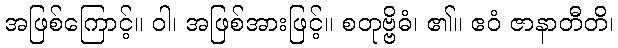
အဖြစ်ကြောင့်။ ဝါ၊ အဖြစ်အားဖြင့်။ စတုဗ္ဗိဓံ၊ ၏။ ဧဝံ ဇာနာတီတိ၊